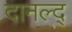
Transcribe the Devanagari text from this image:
दानल्द्